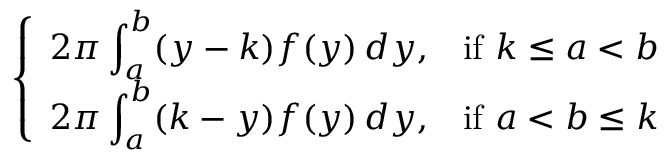
\left\{ \begin{array} { l l } { \displaystyle 2 \pi \int _ { a } ^ { b } ( y - k ) f ( y ) \, d y , } & { { \mathrm { i f } } \ k \leq a < b } \\ { \displaystyle 2 \pi \int _ { a } ^ { b } ( k - y ) f ( y ) \, d y , } & { { \mathrm { i f } } \ a < b \leq k } \end{array} \right.